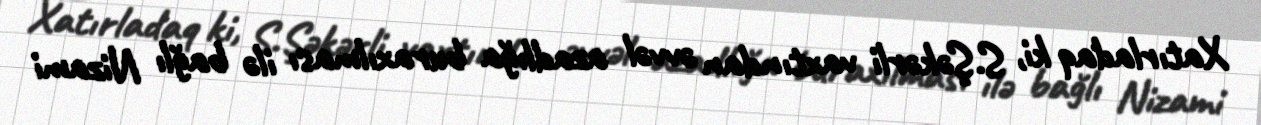
Xatırladaq ki, S.Şəkərli vaxtından əvvəl azadlığa buraxılması ilə bağlı Nizami